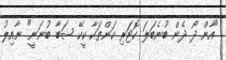
"އާން ދޯ ދެން ބުނެބަލަ ކޮޓަރި ކަންތަކާ ކީކޭ ޝަބާ ބުނަނީ" ނާއިލު